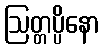
ဩတ္တပ္ပိနော